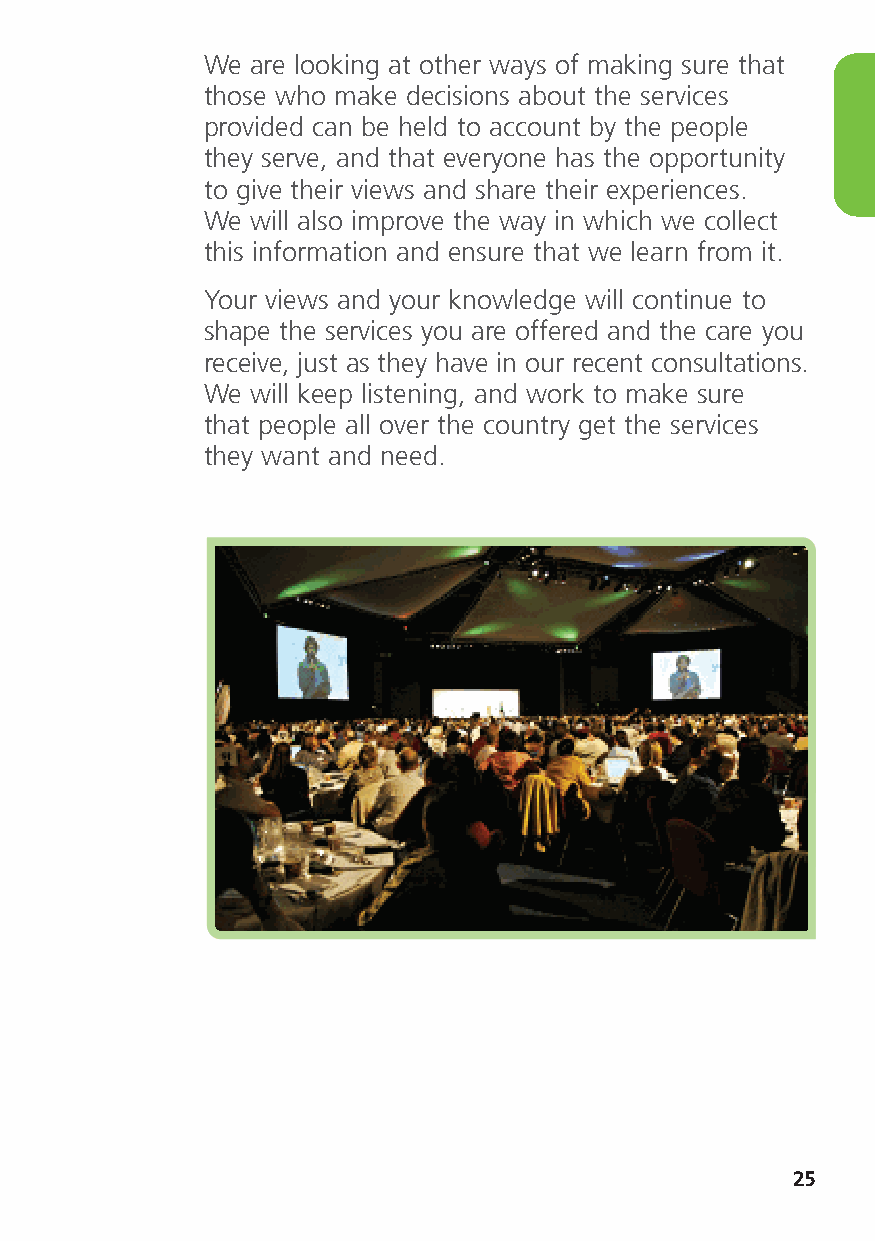
We  are looking at other ways of making sure that
 those who make decisions about the services
 provided can be held to account by the people
 they serve, and that everyone has the opportunity
 to give their views and share their experiences.
 We  will also improve the way in which we collect
 this information and ensure that we learn from it.
 Your views and your knowledge will continue to
 shape the services you are offered and the care you
 receive, just as they have in our recent consultations.
 We  will keep listening, and work to make sure
 that people all over the country get the services
 they want and need.
 25